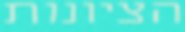
הציונות